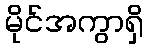
မိုင်အကွာရှိ